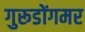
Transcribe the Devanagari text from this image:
गुरूडोंगमर